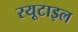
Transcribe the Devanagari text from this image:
रयूटाइल